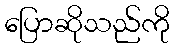
ပြောဆိုသည်ကို